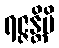
ရဇ္ဇန္တိပိ